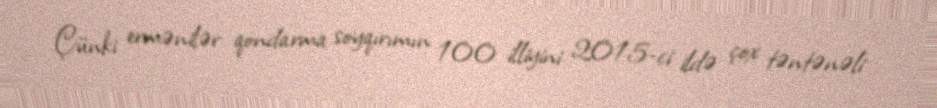
Çünki ermənilər qondarma soyqırımın 100 illiyini 2015-ci ildə çox təntənəli